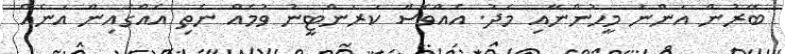
ބޭރުން އަންނަ މީހުންނާއި މެދު. އެއްވެސް ކަރަންޓީނު ވުމެއް ނެތި އެއްގެއިން އަނެއް